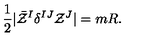
{ \frac { 1 } { 2 } } | \bar { \cal Z } ^ { I } \delta ^ { I J } { \cal Z } ^ { J } | = m R .